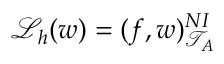
\mathcal { L } _ { h } ( w ) = ( f , w ) _ { \mathcal { T } _ { A } } ^ { N I }